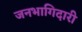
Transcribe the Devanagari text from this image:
जनभागिदारी